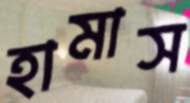
হামাস